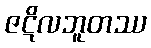
ဇဋိလဘူတဿ